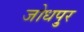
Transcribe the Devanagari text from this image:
जोधपु्र